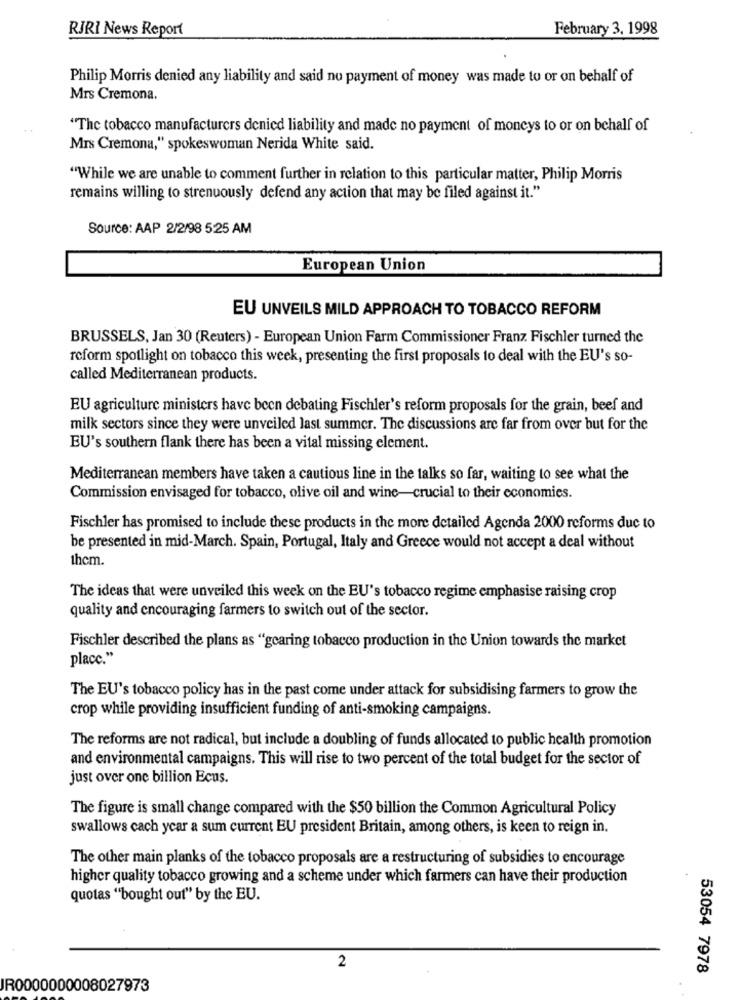
RJRI News Report
February 3, 1998
Philip Morris denied any liability and said no payment of money was made to or on behalf of
Mrs Cremona.
"The tobacco manufacturers denied liability and made no payment of moneys to or on behalf of
Mrs Cremona," spokeswoman Nerida White said.
"While we are unable to comment further in relation to this particular matter, Philip Morris
remains willing to strenuously defend any action that may be filed against it."
Source: AAP 2/2/98 5:25 AM
European Union
EU UNVEILS MILD APPROACH TO TOBACCO REFORM
BRUSSELS, Jan 30 (Reuters) - European Union Farm Commissioner Franz Fischler turned the
reform spotlight on tobacco this week, presenting the first proposals to deal with the EU's so-
called Mediterranean products.
EU agriculture ministers have been debating Fischler's reform proposals for the grain, beef and
milk sectors since they were unveiled last summer. The discussions are far from over but for the
EU's southern flank there has been a vital missing element.
Mediterranean members have taken a cautious line in the talks so far, waiting to see what the
Commission envisaged for tobacco, olive oil and wine-crucial to their economies.
Fischler has promised to include these products in the more detailed Agenda 2000 reforms due to
be presented in mid-March. Spain, Portugal, Italy and Greece would not accept a deal without
them.
The ideas that were unveiled this week on the EU's tobacco regime emphasise raising crop
quality and encouraging farmers to switch out of the sector.
Fischler described the plans as "gearing tobacco production in the Union towards the market
placc."
The EU's tobacco policy has in the past come under attack for subsidising farmers to grow the
crop while providing insufficient funding of anti-smoking campaigns.
The reforms are not radical, but include a doubling of funds allocated to public health promotion
and environmental campaigns. This will rise to two percent of the total budget for the sector of
just over one billion Ecus.
The figure is small change compared with the $50 billion the Common Agricultural Policy
swallows cach ycar a sum current EU president Britain, among others, is keen to reign in.
The other main planks of the tobacco proposals are a restructuring of subsidies to encourage
higher quality tobacco growing and a scheme under which farmers can have their production
quotas "bought out" by the EU.
2
53054 7978
JR0000000008027973